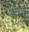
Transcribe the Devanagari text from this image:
वरिष्ठांपर्यंत